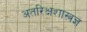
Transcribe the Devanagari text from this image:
अतरिक्षशास्त्रज्ञ